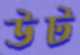
উট